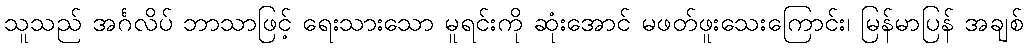
သူသည် အင်္ဂလိပ် ဘာသာဖြင့် ရေးသားသော မူရင်းကို ဆုံးအောင် မဖတ်ဖူးသေးကြောင်း၊ မြန်မာပြန် အချစ်